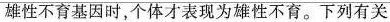
雄性不育基因时，个体才表现为雄性不育。下列有关